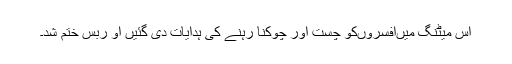
اس میٹنگ میںافسروںکو چست اور چوکنا رہنے کی ہدایات دی گئیں او ربس ختم شد۔